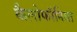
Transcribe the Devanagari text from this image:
कैलोफॉनिया